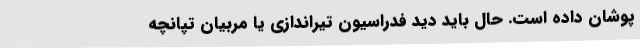
‌پوشان داده است. حال باید دید فدراسیون تیراندازی یا مربیان تپانچه